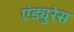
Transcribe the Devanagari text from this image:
एंड्युरेस